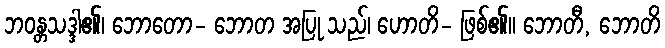
ဘဝန္တသဒ္ဒါ၏၊ ဘောတော- ဘောတ အပြု သည်၊ ဟောတိ- ဖြစ်၏။ ဘောတီ, ဘောတိ